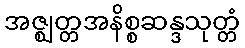
အဇ္ဈတ္တအနိစ္စဆန္ဒသုတ္တံ